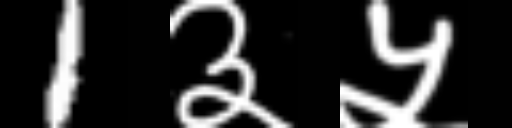
Text: 1३५